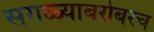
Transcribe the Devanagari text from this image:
सगळ्याबरोबरच